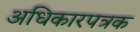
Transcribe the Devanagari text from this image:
अधिकारपत्रक